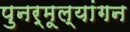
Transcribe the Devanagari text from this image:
पुनर्मूल्यांगन